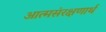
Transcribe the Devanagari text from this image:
आत्मसंरक्षणार्थ